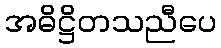
အဓိဋ္ဌိတသညီပေ